Treatise on elephants
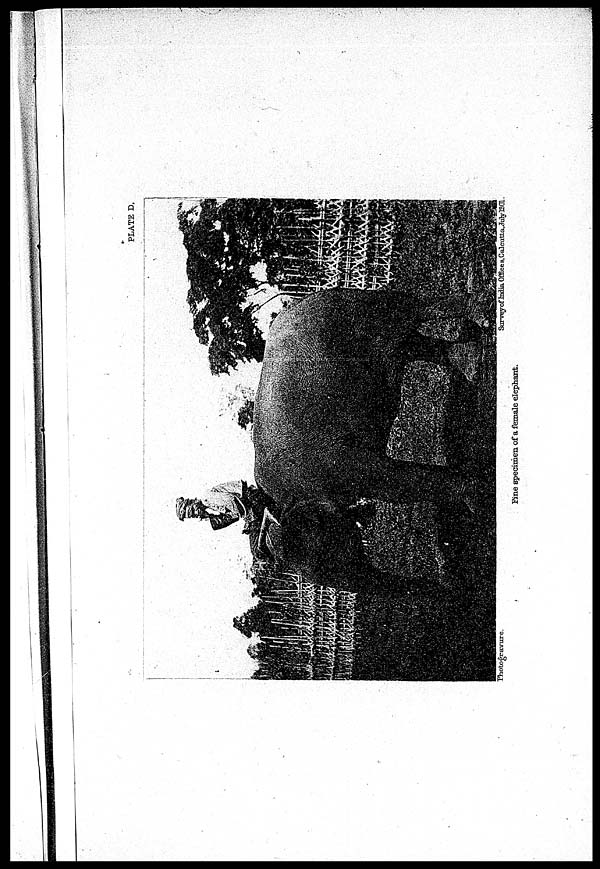
PLATE D.
Photogravure.
Survey
of
India
Office
B.
Calcutta.
July
1901.
Fine specimen of a female elephant.